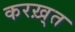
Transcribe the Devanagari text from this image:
करख़्त